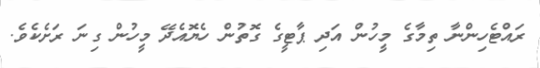
ރައްޓެހިންނާ ތިމާގެ މީހުން އަދި ޕާޓީގެ ގޮތުން ހެޔޮއެދޭ މީހުން ގިނަ ރަށެކެވެ.